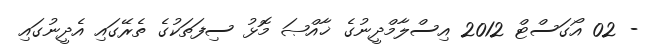
- 02 އޯގަސްޓް 2012 އިސްލާމްދީނުގެ ޚާއްޞަ މޮޅު ސިފަތަކުގެ ތެރޭގައި އެދީނުގައި